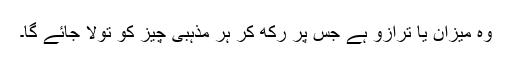
وہ میزان یا ترازو ہے جس پر رکھ کر ہر مذہبی چیز کو تولا جائے گا۔